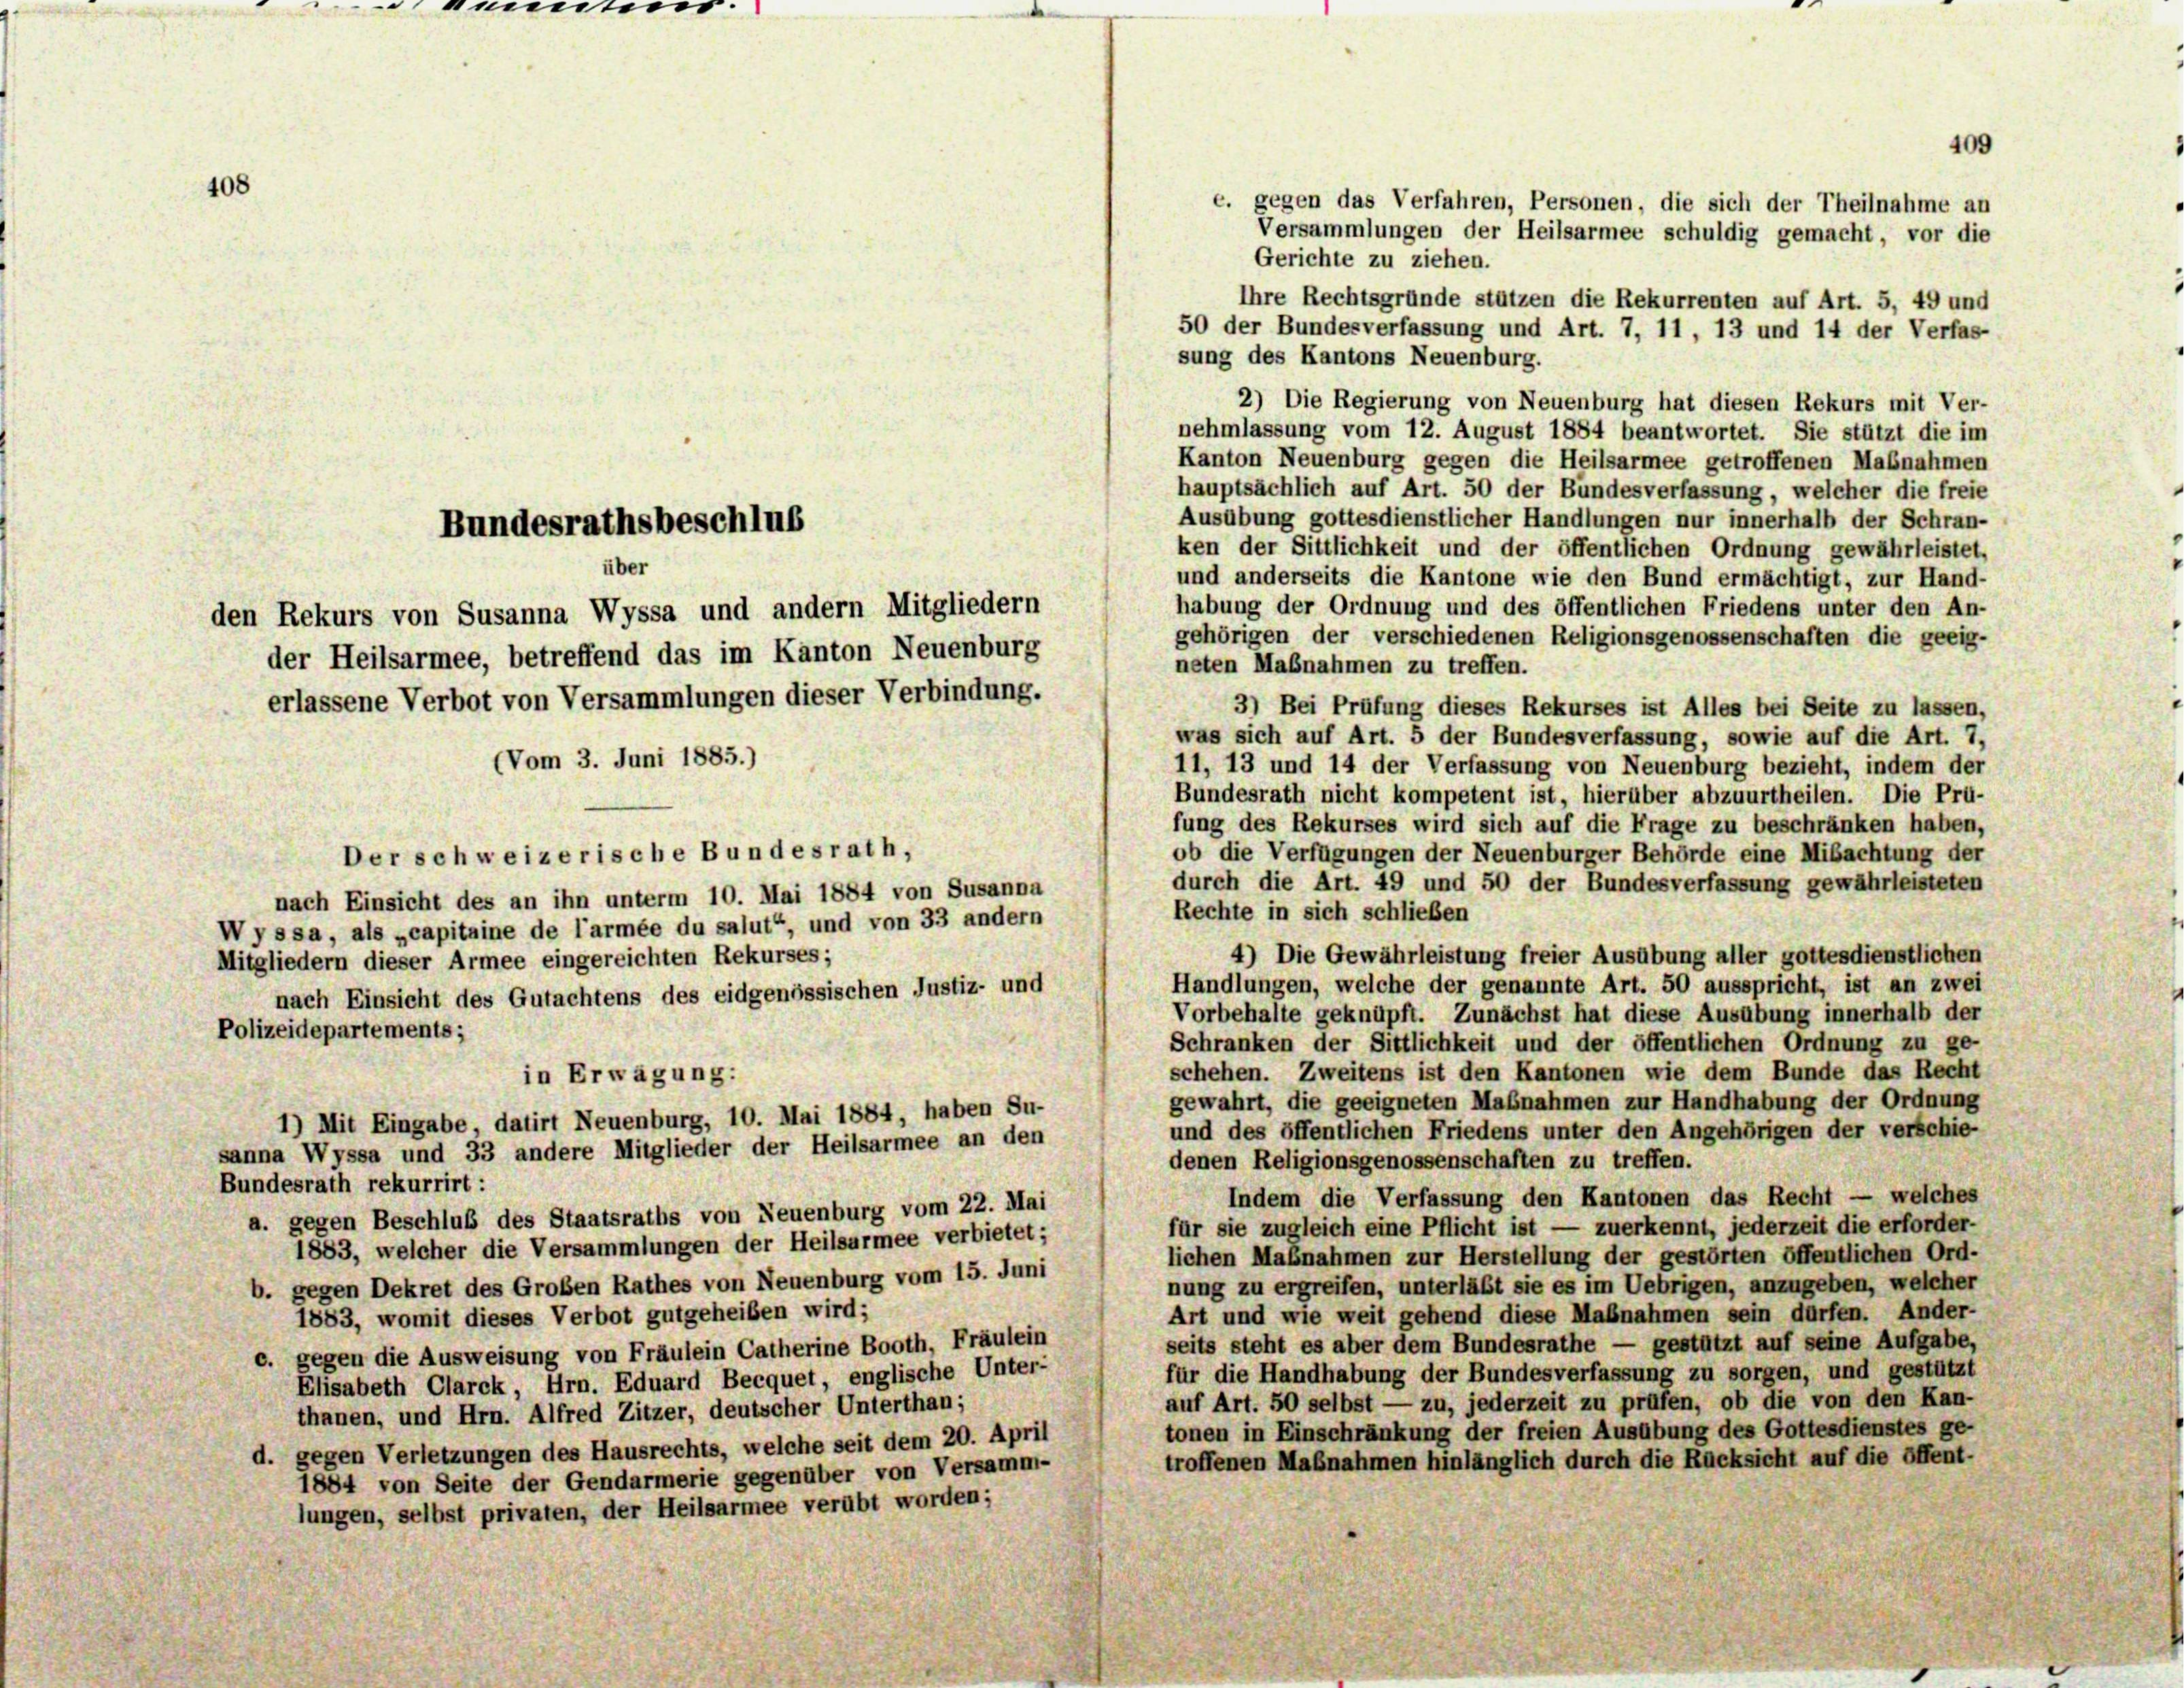
408
Gerichte zu ziehen.
Ihre Rechtsgründe stützen die Rekurrenten auf Art. 5, 49 und
50 der Bundesverfassung und Art. 7, 11, 13 und 14 der Verfas-
sung des Kantons Neuenburg.
2) Die Regierung von Neuenburg hat diesen Rekurs mit Ver-
nehmlassung vom 12. August 1884 beantwortet. Sie stützt die im
Kanton Neuenburg gegen die Heilsarmee getroffenen Maßnahmen
hauptsächlich auf Art. 50 der Bundesverfassung, welcher die freie
Ausübung gottesdienstlicher Handlungen nur innerhalb der Schran-
ken der Sittlichkeit und der öffentlichen Ordnung gewährleistet,
über
und anderseits die Kantone wie den Bund ermächtigt, zur Hand-
habung der Ordnung und des öffentlichen Friedens unter den An-
den Rekurs von Susanna Wyssa und andern Mitgliedern
gehörigen der verschiedenen Religionsgenossenschaften die geeig-
der Heilsarmee, betreffend das im Kanton Neuenburg
neten Maßnahmen zu treffen.
erlassene Verbot von Versammlungen dieser Verbindung.
3) Bei Prüfung dieses Rekurses ist Alles bei Seite zu lassen,
was sich auf Art. 5 der Bundesverfassung, sowie auf die Art. 7,
11, 13 und 14 der Verfassung von Neuenburg bezieht, indem der
Bundesrath nicht kompetent ist, hierüber abzuurtheilen. Die Prü-
fung des Rekurses wird sich auf die Frage zu beschränken haben,
ob die Verfügungen der Neuenburger Behörde eine Mibachtung der
durch die Art. 49 und 50 der Bundesverfassung gewährleisteten
nach Einsicht des an ihn unterm 10. Mai 1884 von Susanna
Rechte in sich schließen
Wyssa, als „capitaine de l’armée du salut“, und von 33 andern
4) Die Gewährleistung freier Ausübung aller gottesdienstlichen
Mitgliedern dieser Armee eingereichten Rekurses;
Handlungen, welche der genannte Art. 50 ausspricht, ist an zwei
nach Einsicht des Gutachtens des eidgenössischen Justiz- und
Vorbehalte geknüpft. Zunächst hat diese Ausübung innerhalb der
Polizeidepartements;
Schranken der Sittlichkeit und der öffentlichen Ordnung zu ge-
schehen. Zweitens ist den Kantonen wie dem Bunde das Recht
in Erwägung:
gewahrt, die geeigneten Maßnahmen zur Handhabung der Ordnung
1) Mit Eingabe, datirt Neuenburg, 10. Mai 1884, haben Su-
und des öffentlichen Friedens unter den Angehörigen der verschie-
sanna Wyssa und 33 andere Mitglieder der Heilsarmee an den
denen Religionsgenossenschaften zu treffen.
Bundesrath rekurrirt:
Indem die Verfassung den Kantonen das Recht — welches
a. gegen Beschluß des Staatsraths von Neuenburg vom 22. Mai
für sie zugleich eine Pflicht ist — zuerkennt, jederzeit die erforder-
1883, welcher die Versammlungen der Heilsarmee verbietet;
lichen Maßnahmen zur Herstellung der gestörten öffentlichen Ord-
b. gegen Dekret des Großen Rathes von Neuenburg vom 15. Juni
nung zu ergreifen, unterläßt sie es im Uebrigen, anzugeben, welcher
Art und wie weit gehend diese Maßnahmen sein dürfen. Ander-
1883, womit dieses Verbot gutgeheiben wird;
seits steht es aber dem Bundesrathe — gestützt auf seine Aufgabe,
c. gegen die Ausweisung von Fräulein Catherine Booth, Fräulein
für die Handhabung der Bundesverfassung zu sorgen, und gestützt
Elisabeth Clarck, Hrn. Eduard Becquet, englische Unter-
auf Art. 50 selbst — zu, jederzeit zu prüfen, ob die von den Kan-
thanen, und Hrn. Alfred Zitzer, deutscher Unterthan;
tonen in Einschränkung der freien Ausübung des Gottesdienstes ge-
d. gegen Verletzungen des Hausrechts, welche seit dem 20. April
troffenen Maßnahmen hinlänglich durch die Rücksicht auf die öffent-
1884 von Seite der Gendarmerie gegenüber von Versamm-
lungen, selbst privaten, der Heilsarmee verübt worden;

(Vom 3. Juni 1885.)

Der schweizerische Bundesrath,

Bundesrathsbeschluß

409
c. gegen das Verfahren, Personen, die sich der Theilnahme an
Versammlungen der Heilsarmee schuldig gemacht, vor die